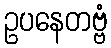
ဥပနေတဗ္ဗံ